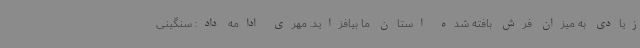
زیادی به میزان فرش بافته شده استان ما بیافزاید. مهری ادامه داد: سنگینی